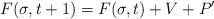
LaTeX: \begin{align*}F(\sigma, t+1) = F(\sigma,t) + V + P' \end{align*}